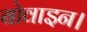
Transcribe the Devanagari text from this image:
बोवाइन।